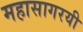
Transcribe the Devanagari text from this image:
महासागरयी